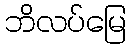
ဘိလပ်မြေ